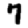
Digit: 7